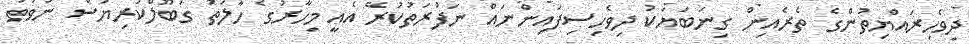
ދިވެހިރައްޔިތުންގެ ތެރެއިން ގިނަބަޔަކު ދިވެހިސިފައިންނައް ނަފުރަތުކުރޭ އެއީ މިހާރުގެ ހާލަތު ގަބޫލްކުރިޔަސް ނުވަތަ